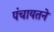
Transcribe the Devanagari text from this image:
पंचायतने